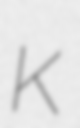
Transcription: K